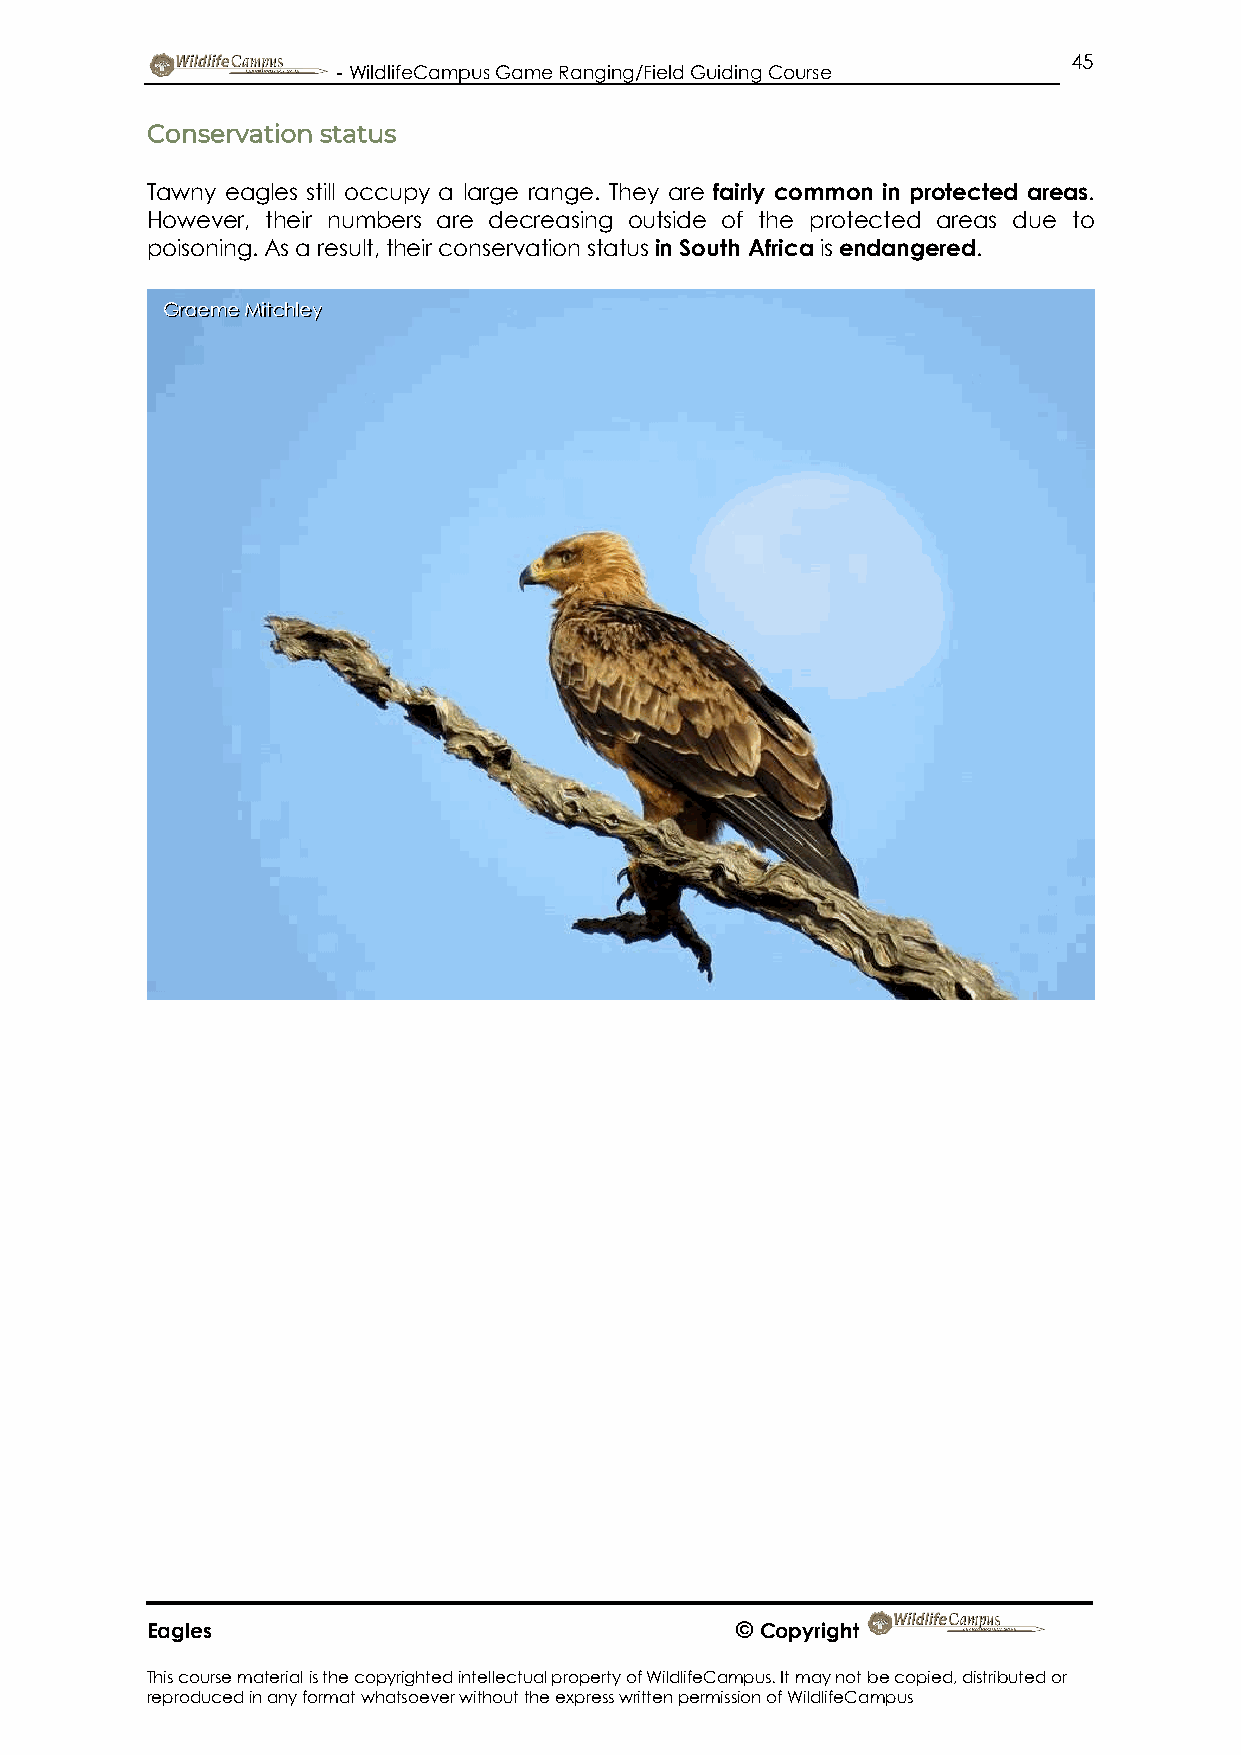
45
 - WildlifeCampus Game Ranging/Field Guiding Course
 Conservation status
 Tawny eagles still occupy a large range. They are fairly common in protected areas.
 However, their numbers are decreasing outside of the protected areas due to
 poisoning. As a result, their conservation status in South Africa is endangered.
 Graeme Mitchley
 Eagles                                 © Copyright
 This course material is the copyrighted intellectual property of WildlifeCampus. It may not be copied, distributed or
 reproduced in any format whatsoever without the express written permission of WildlifeCampus